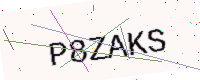
Text: P8ZAKS